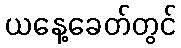
ယနေ့ခေတ်တွင်